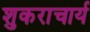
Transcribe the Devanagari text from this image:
शुकराचार्य